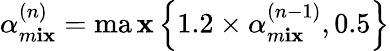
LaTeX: \alpha_{m\mathbf{i}\mathbf{x}}^{(n)}=\operatorname*{ma\mathbf{x}}\left\{ 1.2\times\alpha_{m\mathbf{i}\mathbf{x}}^{(n-1)},0.5\right\}